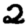
Digit: 2